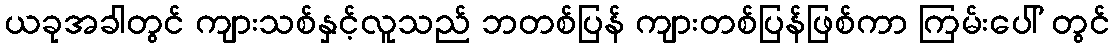
ယခုအခါတွင် ကျားသစ်နှင့်လူသည် ဘတစ်ပြန် ကျားတစ်ပြန်ဖြစ်ကာ ကြမ်းပေါ် တွင်